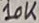
Text: 10K